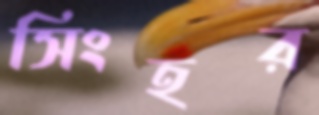
সিংহর